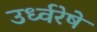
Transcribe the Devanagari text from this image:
उर्ध्वरेषे